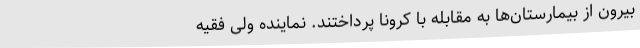
بیرون از بیمارستان‌ها به مقابله با کرونا پرداختند. نماینده ولی فقیه